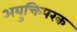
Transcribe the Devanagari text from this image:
अयुक्तिपरक